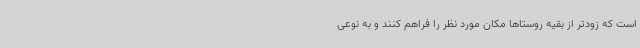
است که زودتر از بقیه روستاها مکان مورد نظر را فراهم کنند و به نوعی